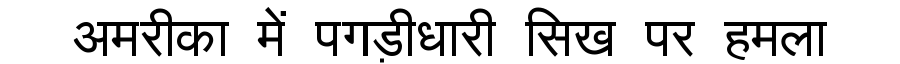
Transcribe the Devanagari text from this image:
अमरीका में पगड़ीधारी सिख पर हमला